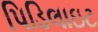
પિડિલાઇટ